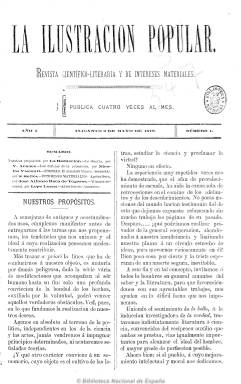
Título: La Ilustración popular (Alicante)
Colección: Revistas de información general
Ámbito geográfico: Alicante
Lugar de publicación: Alicante
Fechas: 02/05/1878-18/12/1878

“Revista científico literaria y de intereses materiales”, tal como se indica en su cabecera, que comienza a publicarse el dos de mayo de 1878 en números de ocho páginas y foliación continuada,  a dos columnas y con periodicidad semanal, aunque con algunas irregularidades. En ella se dan cita una serie de literatos alicantinos de diversa procedencia ideológica para ofrecer un producto periodístico muy generalizado en los primeros años de la Restauración. Su fundador, propietario y director es Nicolás Visconti, siendo uno de sus administradores Andrés Martínez Pastor.

Combina artículos sobre ciencia, agricultura, riegos, ferrocarril, emigración, educación, economía, comercio, industria, etc., tanto de ámbito general como provincial,  con otros biográficos, morales, bibliográficos y de carácter literario y divulgativo, además de composiciones poéticas. Dejando su cuarta plana a los anuncios comerciales. Tiene una sección de crónica provincial, así como de crítica teatral de las funciones del Teatro Principal de la ciudad y musical, y revista de modas, además de miscelánea y charadas. Ofrece también noticias relacionadas con Murcia y Cartagena.

Entre sus principales redactores y colaboradores se encuentran José Alfonso Roca de Togores, Salvador Sellés, Lope Lucas, Benedicto Mollá, Ventura Arnáez y Francisco Linares Such. Aunque se declara ajena a la política e independiente en cuestiones culturales y científicas, la publicación de algunos textos dio origen a la separación de su redacción de Roca de Togores y Linares Such.

Su cabecera está acompañada de un grabado del puerto de Alicante. Desde su número 16 al 20 se declara “Órgano de El Recreo Alicantino”. Al final del último número de la colección de la Biblioteca Nacional de España incluye un índice de materias. Se conoce también la existencia del número 29, correspondiente al 30 de diciembre de 1878, y seguía publicándose todavía en mayo de 1879.